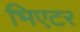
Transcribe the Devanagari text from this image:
भिएटर